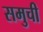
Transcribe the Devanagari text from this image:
समुची